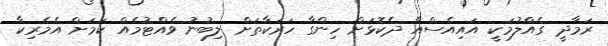
ރަމާދީ ގެއްލުމަކީ އައިއެސްއާ ދެކޮޅަށް ހިންގާ ހަރަކާތަށް ލިބުނު ވެއްޓުމެއް ކަމަށް އެމެރިކާ